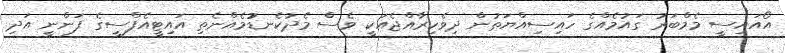
އޯއައިސީ މެމްބަރު ގައުމެއްގެ ހައިސިއްޔަތުން ދިވެހިރާއްޖެއަކީ ވެސް މެދުކެނޑުުމެއްނެތި އައިޓީއެފްސީގެ ފަންނީ އަދި